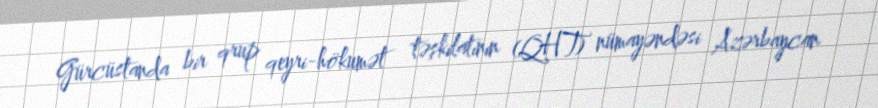
Gürcüstanda bir qrup qeyri-hökumət təşkilatının (QHT) nümayəndəsi Azərbaycan